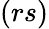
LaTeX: (rs)